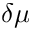
\delta \mu